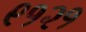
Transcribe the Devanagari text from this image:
९१२१